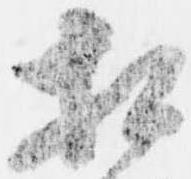
相